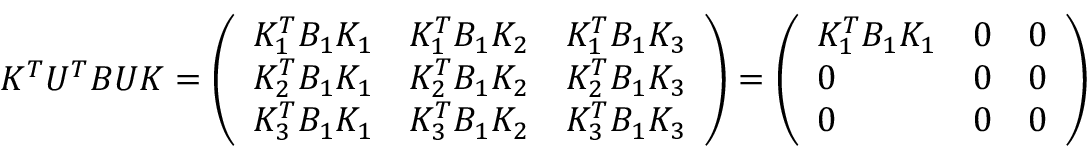
\begin{array} { r } { K ^ { T } U ^ { T } B U K = \left( \begin{array} { l l l } { K _ { 1 } ^ { T } B _ { 1 } K _ { 1 } } & { K _ { 1 } ^ { T } B _ { 1 } K _ { 2 } } & { K _ { 1 } ^ { T } B _ { 1 } K _ { 3 } } \\ { K _ { 2 } ^ { T } B _ { 1 } K _ { 1 } } & { K _ { 2 } ^ { T } B _ { 1 } K _ { 2 } } & { K _ { 2 } ^ { T } B _ { 1 } K _ { 3 } } \\ { K _ { 3 } ^ { T } B _ { 1 } K _ { 1 } } & { K _ { 3 } ^ { T } B _ { 1 } K _ { 2 } } & { K _ { 3 } ^ { T } B _ { 1 } K _ { 3 } } \end{array} \right) = \left( \begin{array} { l l l } { K _ { 1 } ^ { T } B _ { 1 } K _ { 1 } } & { 0 } & { 0 } \\ { 0 } & { 0 } & { 0 } \\ { 0 } & { 0 } & { 0 } \end{array} \right) } \end{array}